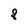
Character: 8